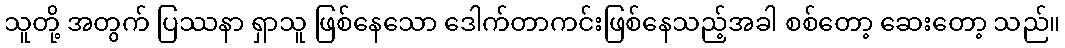
သူတို့ အတွက် ပြဿနာ ရှာသူ ဖြစ်နေသော ဒေါက်တာကင်းဖြစ်နေသည့်အခါ စစ်တော့ ဆေးတော့ သည်။